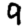
Digit: 9